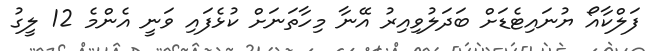
ފަލްކާއޯ ޔުނައިޓެޑަށް ބަދަލުވިއިރު އޭނާ މިހާތަނަށް ކުޅެފައި ވަނީ އެންމެ 12 ލީގު